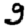
Digit: 9